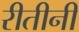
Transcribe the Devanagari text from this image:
रीतीनी